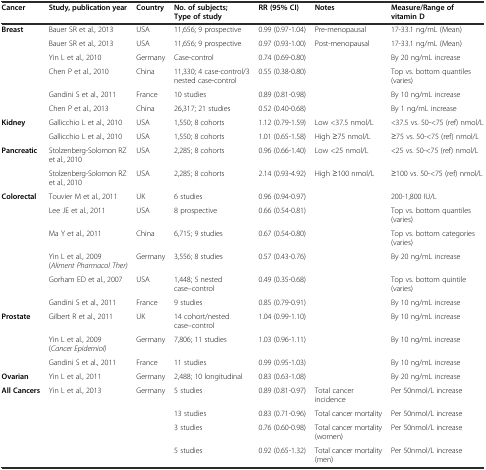
<table><thead><tr><td><b>Cancer</b></td><td><b>Study, publication year</b></td><td><b>Country</b></td><td><b>No. of subjects; Type of study</b></td><td><b>RR (95% CI)</b></td><td><b>Notes</b></td><td><b>Measure/Range of vitamin D</b></td></tr></thead><tbody><tr><td rowspan="6"><b>Breast</b></td><td>Bauer SR et al., 2013</td><td>USA</td><td>11,656; 9 prospective</td><td>0.99 (0.97-1.04)</td><td>Pre-menopausal</td><td>17-33.1 ng/mL (Mean)</td></tr><tr><td>Bauer SR et al., 2013</td><td>USA</td><td>11,656; 9 prospective</td><td>0.97 (0.93-1.00)</td><td>Post-menopausal</td><td>17-33.1 ng/mL (Mean)</td></tr><tr><td>Yin L et al., 2010</td><td>Germany</td><td>Case-control</td><td>0.74 (0.69-0.80)</td><td></td><td>By 20 ng/mL increase</td></tr><tr><td>Chen P et al., 2010</td><td>China</td><td>11,330; 4 case-control/3 nested case-control</td><td>0.55 (0.38-0.80)</td><td></td><td>Top vs. bottom quantiles (varies)</td></tr><tr><td>Gandini S et al., 2011</td><td>France</td><td>10 studies</td><td>0.89 (0.81-0.98)</td><td></td><td>By 10 ng/mL increase</td></tr><tr><td>Chen P et al., 2013</td><td>China</td><td>26,317; 21 studies</td><td>0.52 (0.40-0.68)</td><td></td><td>By 1 ng/mL increase</td></tr><tr><td rowspan="2"><b>Kidney</b></td><td>Gallicchio L et al., 2010</td><td>USA</td><td>1,550; 8 cohorts</td><td>1.12 (0.79-1.59)</td><td>Low &lt;37.5 nmol/L</td><td>&lt;37.5 vs. 50-&lt;75 (ref) nmol/L</td></tr><tr><td>Gallicchio L et al., 2010</td><td>USA</td><td>1,550; 8 cohorts</td><td>1.01 (0.65-1.58)</td><td>High ≥75 nmol/L</td><td>≥75 vs. 50-&lt;75 (ref) nmol/L</td></tr><tr><td rowspan="2"><b>Pancreatic</b></td><td>Stolzenberg-Solomon RZ et al., 2010</td><td>USA</td><td>2,285; 8 cohorts</td><td>0.96 (0.66-1.40)</td><td>Low &lt;25 nmol/L</td><td>&lt;25 vs. 50-&lt;75 (ref) nmol/L</td></tr><tr><td>Stolzenberg-Solomon RZ et al., 2010</td><td>USA</td><td>2,285; 8 cohorts</td><td>2.14 (0.93-4.92)</td><td>High ≥100 nmol/L</td><td>≥100 vs. 50-&lt;75 (ref) nmol/L</td></tr><tr><td rowspan="6"><b>Colorectal</b></td><td>Touvier M et al., 2011</td><td>UK</td><td>6 studies</td><td>0.96 (0.94-0.97)</td><td></td><td>200-1,800 IU/L</td></tr><tr><td>Lee JE et al., 2011</td><td>USA</td><td>8 prospective</td><td>0.66 (0.54-0.81)</td><td></td><td>Top vs. bottom quantiles (varies)</td></tr><tr><td>Ma Y et al., 2011</td><td>China</td><td>6,715; 9 studies</td><td>0.67 (0.54-0.80)</td><td></td><td>Top vs. bottom categories (varies)</td></tr><tr><td>Yin L et al., 2009 (<i>Aliment Pharmacol Ther)</i></td><td>Germany</td><td>3,556; 8 studies</td><td>0.57 (0.43-0.76)</td><td></td><td>By 20 ng/mL increase</td></tr><tr><td>Gorham ED et al., 2007</td><td>USA</td><td>1,448; 5 nested case–control</td><td>0.49 (0.35-0.68)</td><td></td><td>Top vs. bottom quintile (varies)</td></tr><tr><td>Gandini S et al., 2011</td><td>France</td><td>9 studies</td><td>0.85 (0.79-0.91)</td><td></td><td>By 10 ng/mL increase</td></tr><tr><td rowspan="3"><b>Prostate</b></td><td>Gilbert R et al., 2011</td><td>UK</td><td>14 cohort/nested case–control</td><td>1.04 (0.99-1.10)</td><td></td><td>By 10 ng/mL increase</td></tr><tr><td>Yin L et al., 2009 (<i>Cancer Epidemiol)</i></td><td>Germany</td><td>7,806; 11 studies</td><td>1.03 (0.96-1.11)</td><td></td><td>By 10 ng/mL increase</td></tr><tr><td>Gandini S et al., 2011</td><td>France</td><td>11 studies</td><td>0.99 (0.95-1.03)</td><td></td><td>By 10 ng/mL increase</td></tr><tr><td><b>Ovarian</b></td><td>Yin L et al., 2011</td><td>Germany</td><td>2,488; 10 longitudinal</td><td>0.83 (0.63-1.08)</td><td></td><td>By 20 ng/mL increase</td></tr><tr><td rowspan="4"><b>All Cancers</b></td><td rowspan="4">Yin L et al., 2013</td><td rowspan="4">Germany</td><td>5 studies</td><td>0.89 (0.81-0.97)</td><td>Total cancer incidence</td><td>Per 50nmol/L increase</td></tr><tr><td>13 studies</td><td>0.83 (0.71-0.96)</td><td>Total cancer mortality</td><td>Per 50nmol/L increase</td></tr><tr><td>3 studies</td><td>0.76 (0.60-0.98)</td><td>Total cancer mortality (women)</td><td>Per 50nmol/L increase</td></tr><tr><td>5 studies</td><td>0.92 (0.65-1.32)</td><td>Total cancer mortality (men)</td><td>Per 50nmol/L increase</td></tr></tbody></table>